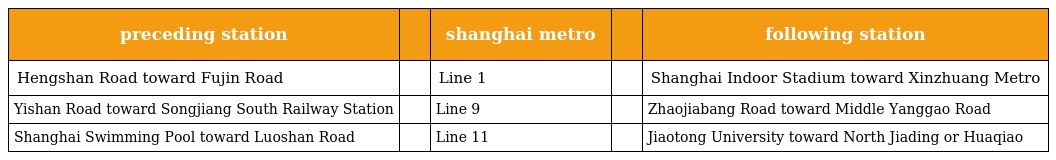
| preceding station |  | shanghai metro |  | following station |
 | --- | --- | --- | --- | --- |
 | Hengshan Road toward Fujin Road |  | Line 1 |  | Shanghai Indoor Stadium toward Xinzhuang Metro |
 | Yishan Road toward Songjiang South Railway Station |  | Line 9 |  | Zhaojiabang Road toward Middle Yanggao Road |
 | Shanghai Swimming Pool toward Luoshan Road |  | Line 11 |  | Jiaotong University toward North Jiading or Huaqiao |